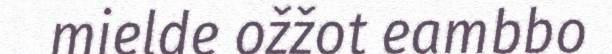
mielde ožžot eambbo